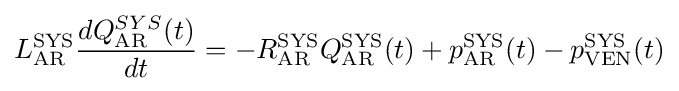
L_{\mathrm {AR} }^{\mathrm {SYS} }{\frac {dQ_{\mathrm {AR} }^{SYS}(t)}{dt}}=-R_{\mathrm {AR} }^{\mathrm {SYS} }Q_{\mathrm {AR} }^{\mathrm {SYS} }(t)+p_{\mathrm {AR} }^{\mathrm {SYS} }(t)-p_{\mathrm {VEN} }^{\mathrm {SYS} }(t)